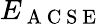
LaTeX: E_{\mathrm{~A~C~S~E~}}